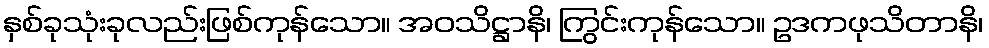
နှစ်ခုသုံးခုလည်းဖြစ်ကုန်သော။ အဝသိဋ္ဌာနိ၊ ကြွင်းကုန်သော။ ဥဒကဖုသိတာနိ၊